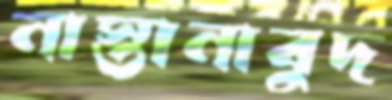
নাস্তানাবুদ